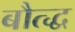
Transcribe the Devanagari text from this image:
बौत्द्ध